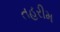
તહરીમ